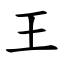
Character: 王